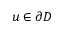
u \in \partial D